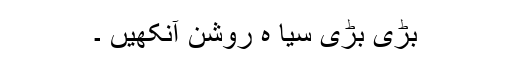
بڑی بڑی سیا ہ روشن آنکھیں ۔